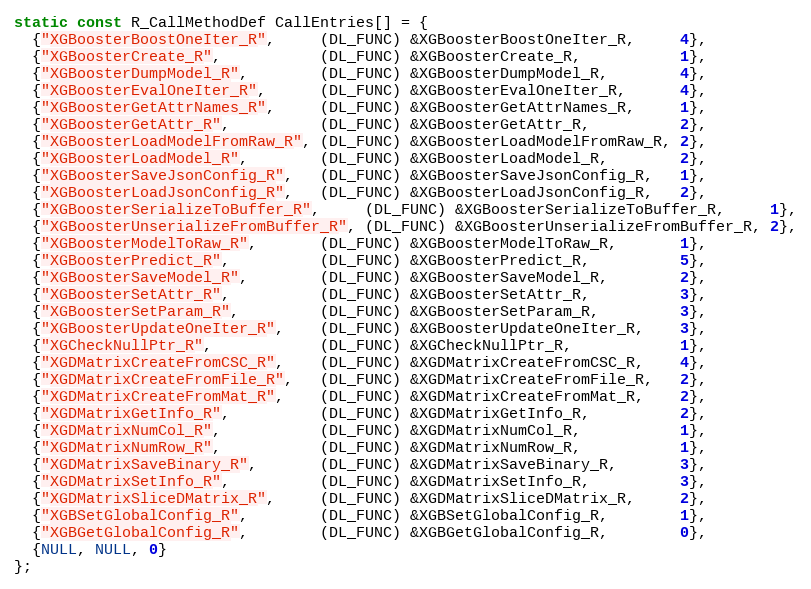
Language: C
static const R_CallMethodDef CallEntries[] = {
  {"XGBoosterBoostOneIter_R",     (DL_FUNC) &XGBoosterBoostOneIter_R,     4},
  {"XGBoosterCreate_R",           (DL_FUNC) &XGBoosterCreate_R,           1},
  {"XGBoosterDumpModel_R",        (DL_FUNC) &XGBoosterDumpModel_R,        4},
  {"XGBoosterEvalOneIter_R",      (DL_FUNC) &XGBoosterEvalOneIter_R,      4},
  {"XGBoosterGetAttrNames_R",     (DL_FUNC) &XGBoosterGetAttrNames_R,     1},
  {"XGBoosterGetAttr_R",          (DL_FUNC) &XGBoosterGetAttr_R,          2},
  {"XGBoosterLoadModelFromRaw_R", (DL_FUNC) &XGBoosterLoadModelFromRaw_R, 2},
  {"XGBoosterLoadModel_R",        (DL_FUNC) &XGBoosterLoadModel_R,        2},
  {"XGBoosterSaveJsonConfig_R",   (DL_FUNC) &XGBoosterSaveJsonConfig_R,   1},
  {"XGBoosterLoadJsonConfig_R",   (DL_FUNC) &XGBoosterLoadJsonConfig_R,   2},
  {"XGBoosterSerializeToBuffer_R",     (DL_FUNC) &XGBoosterSerializeToBuffer_R,     1},
  {"XGBoosterUnserializeFromBuffer_R", (DL_FUNC) &XGBoosterUnserializeFromBuffer_R, 2},
  {"XGBoosterModelToRaw_R",       (DL_FUNC) &XGBoosterModelToRaw_R,       1},
  {"XGBoosterPredict_R",          (DL_FUNC) &XGBoosterPredict_R,          5},
  {"XGBoosterSaveModel_R",        (DL_FUNC) &XGBoosterSaveModel_R,        2},
  {"XGBoosterSetAttr_R",          (DL_FUNC) &XGBoosterSetAttr_R,          3},
  {"XGBoosterSetParam_R",         (DL_FUNC) &XGBoosterSetParam_R,         3},
  {"XGBoosterUpdateOneIter_R",    (DL_FUNC) &XGBoosterUpdateOneIter_R,    3},
  {"XGCheckNullPtr_R",            (DL_FUNC) &XGCheckNullPtr_R,            1},
  {"XGDMatrixCreateFromCSC_R",    (DL_FUNC) &XGDMatrixCreateFromCSC_R,    4},
  {"XGDMatrixCreateFromFile_R",   (DL_FUNC) &XGDMatrixCreateFromFile_R,   2},
  {"XGDMatrixCreateFromMat_R",    (DL_FUNC) &XGDMatrixCreateFromMat_R,    2},
  {"XGDMatrixGetInfo_R",          (DL_FUNC) &XGDMatrixGetInfo_R,          2},
  {"XGDMatrixNumCol_R",           (DL_FUNC) &XGDMatrixNumCol_R,           1},
  {"XGDMatrixNumRow_R",           (DL_FUNC) &XGDMatrixNumRow_R,           1},
  {"XGDMatrixSaveBinary_R",       (DL_FUNC) &XGDMatrixSaveBinary_R,       3},
  {"XGDMatrixSetInfo_R",          (DL_FUNC) &XGDMatrixSetInfo_R,          3},
  {"XGDMatrixSliceDMatrix_R",     (DL_FUNC) &XGDMatrixSliceDMatrix_R,     2},
  {"XGBSetGlobalConfig_R",        (DL_FUNC) &XGBSetGlobalConfig_R,        1},
  {"XGBGetGlobalConfig_R",        (DL_FUNC) &XGBGetGlobalConfig_R,        0},
  {NULL, NULL, 0}
};